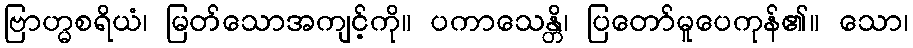
ဗြာဟ္မစရိယံ၊ မြတ်သောအကျင့်ကို။ ပကာသေန္တိ၊ ပြတော်မူပေကုန်၏။ သော၊